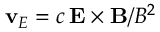
\mathbf { v } _ { E } = c \, \mathbf { E } \times \mathbf { B } / B ^ { 2 }